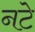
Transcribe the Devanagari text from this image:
नटे